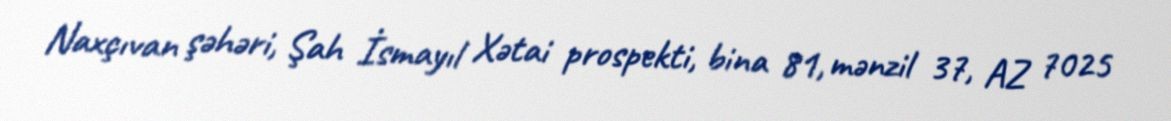
Naxçıvan şəhəri, Şah İsmayıl Xətai prospekti, bina 81, mənzil 37, AZ 7025